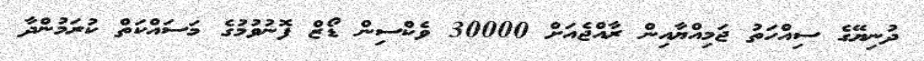
ދުނިޔޭގެ ސިއްހަތު ޖަމިއްޔާއިން ރާއްޖެއަށް 30000 ވެކްސިން ޑޯޒް ފޮނުވުމުގެ މަސައްކަތް ކުރަމުންދާ